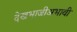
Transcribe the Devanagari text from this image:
देखभाजीअभावी